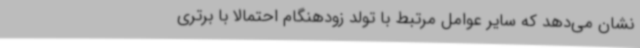
نشان می‌دهد که سایر عوامل مرتبط با تولد زودهنگام احتمالا با برتری